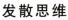
发散思维